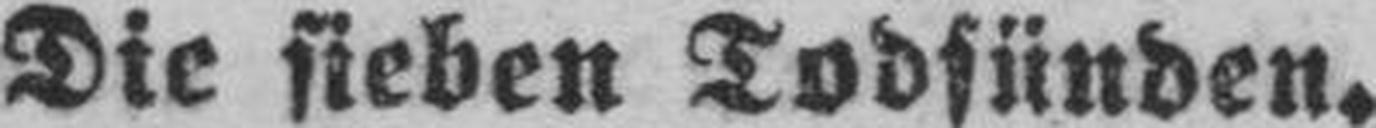
Die sieben Todsünden.